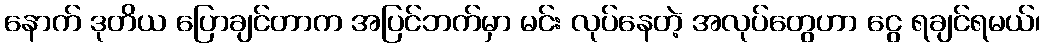
နောက် ဒုတိယ ပြောချင်တာက အပြင်ဘက်မှာ မင်း လုပ်နေတဲ့ အလုပ်တွေဟာ ငွေ ရချင်ရမယ်၊